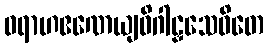
ဝရာဟဧဏေယျဝိဂါဠှသေဝိတေ